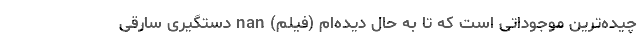
چیده‌ترین موجوداتی است که تا به حال دیده‌ام (فیلم) nan دستگیری سارقی